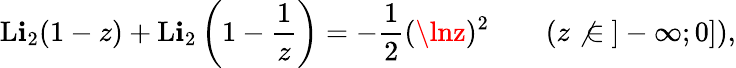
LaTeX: \operatorname{L\mathbf{i}}_{2}(1-z)+\operatorname{L\mathbf{i}}_{2}\left(1-{\frac{{1}}{{z}}}\right)=-{\frac{{1}}{{2}}}(\lnz)^{2}\qquad(z\not{\in}~]-\infty;0]),